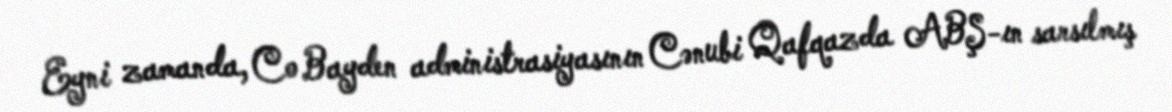
Eyni zamanda, Co Bayden administrasiyasının Cənubi Qafqazda ABŞ-ın sarsılmış